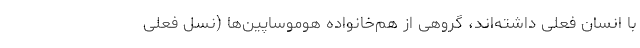
با انسان فعلی داشته‌اند، گروهی از هم‌خانواده هوموساپین‌ها (نسل فعلی